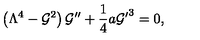
\left( \Lambda ^ { 4 } - { \cal G } ^ { 2 } \right) { \cal G } ^ { \prime \prime } + { \frac { 1 } { 4 } } a { { \cal G } ^ { \prime } } ^ { 3 } = 0 ,